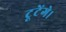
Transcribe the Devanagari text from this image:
टूटेंगे।